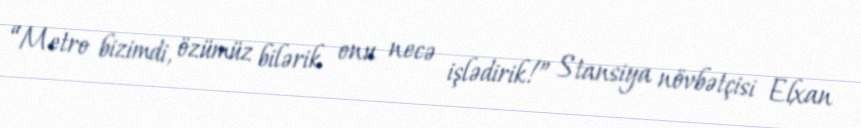
“Metro bizimdi, özümüz bilərik onu necə işlədirik!” Stansiya növbətçisi Elxan